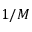
1 / M